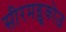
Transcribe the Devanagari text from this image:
सीरमग्लूकोज़